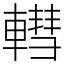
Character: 轊